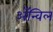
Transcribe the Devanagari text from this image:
अॅन्विल